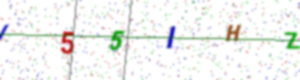
Text: I55IHZ